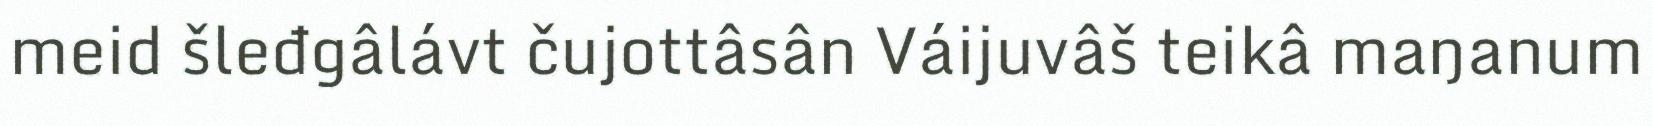
meid šleđgâlávt čujottâsân Váijuvâš teikâ maŋanum